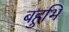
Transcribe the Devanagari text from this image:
बहुभि